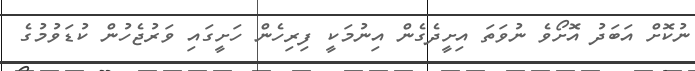
ނުކޮށް އަބަދު އޮށޯވެ ނުވަތަ އިށީދެގެން އިނުމަކީ ފިރިހެން ހަށީގައި ވަރުޖެހުން ކުޑަވުމުގެ